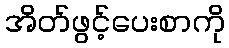
အိတ်ဖွင့်ပေးစာကို